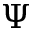
\Psi